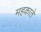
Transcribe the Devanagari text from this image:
महकाते